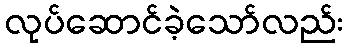
လုပ်ဆောင်ခဲ့သော်လည်း